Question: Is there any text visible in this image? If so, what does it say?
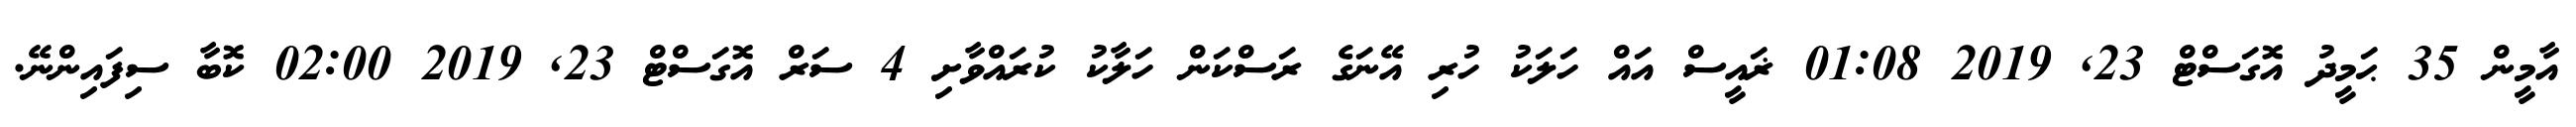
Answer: އާމީން 35 ޙަމީދު އޮގަސްޓް 23, 2019 01:08 ޜައީސް އައް ހަލަކު ހުރި އޭނަގެ ރަސްކަން ހަލާކު ކުރައްވާށި 4 ސަރް އޮގަސްޓް 23, 2019 02:00 ކޮބާ ސިފައިންނޭ.